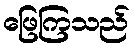
ဖြေကြသည်